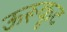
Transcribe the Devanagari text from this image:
ऊरूकूट